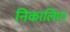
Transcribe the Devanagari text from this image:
निकालिए।